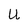
Character: U